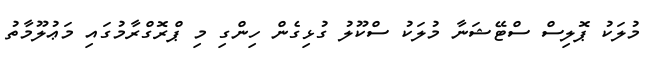
މުލަކު ޕޮލިސް ސްޓޭޝަނާ މުލަކު ސްކޫލު ގުޅިގެން ހިންގި މި ޕްރޮގްރާމުގައި މަޢުލޫމާތު